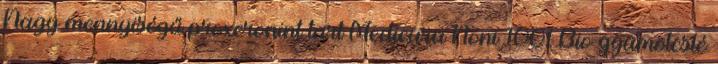
Nagy mennyiségű proxeronint tart Medicura Noni 100% Bio gyümölcslé